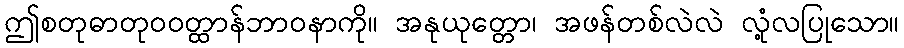
ဤစတုဓာတုဝဝတ္ထာန်ဘာဝနာကို။ အနုယုတ္တော၊ အဖန်တစ်လဲလဲ လုံ့လပြုသော။